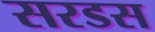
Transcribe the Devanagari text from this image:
सरडस